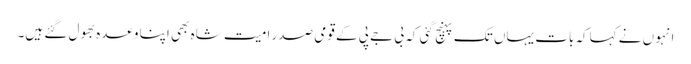
انہو ں نے کہاکہ بات یہاں تک پہنچ گئی کہ بی جے پی کے قومی صدر امیت شاہ بھی اپنا وعدہ بھول گئے ہیں۔